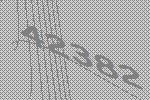
42382